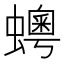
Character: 𧒹